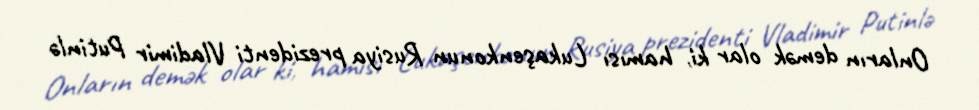
Onların demək olar ki, hamısı Lukaşenkonun Rusiya prezidenti Vladimir Putinlə